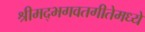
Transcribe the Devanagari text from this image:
श्रीमद्भगवतगीतेमध्ये